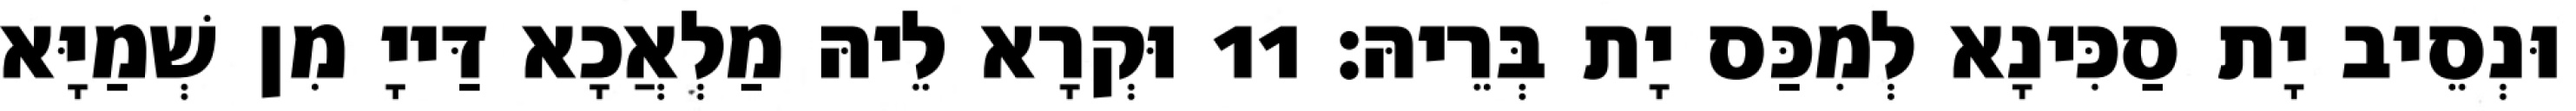
וּנְסֵיב יָת סַכִּינָא לְמִכַּס יָת בְּרֵיהּ׃ 11 וּקְרָא לֵיהּ מַלְאֲכָא דַּייָ מִן שְׁמַיָּא